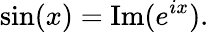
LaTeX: \sin(x)=\operatorname{Im}(e^{ix}).